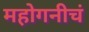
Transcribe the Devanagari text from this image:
महोगनीचं